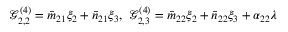
\mathcal { G } _ { 2 , 2 } ^ { ( 4 ) } = \bar { m } _ { 2 1 } \xi _ { 2 } + \bar { n } _ { 2 1 } \xi _ { 3 } , ~ \mathcal { G } _ { 2 , 3 } ^ { ( 4 ) } = \bar { m } _ { 2 2 } \xi _ { 2 } + \bar { n } _ { 2 2 } \xi _ { 3 } + \alpha _ { 2 2 } \lambda